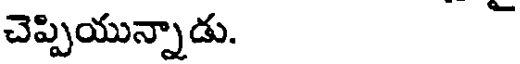
చెప్పియున్నాడు.